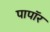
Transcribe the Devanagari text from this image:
पापॉर